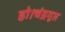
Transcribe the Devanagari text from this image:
हो।चंद्रगुप्त